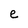
Character: e